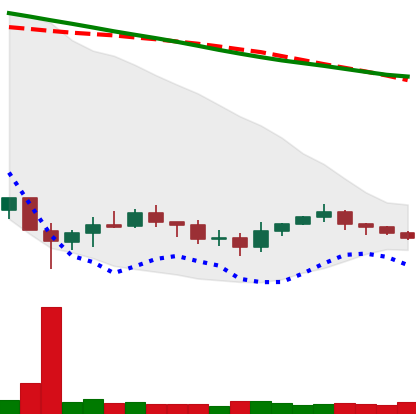
Ticker: XRP-USD
Chart end date: 2019-12-12
Forward return: -16.447%
Label: down_7plus